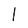
Character: l